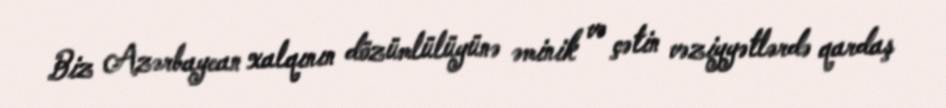
Biz Azərbaycan xalqının dözümlülüyünə əminik və çətin vəziyyətlərdə qardaş